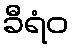
ခီရံဝ